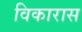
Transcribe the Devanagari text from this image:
विकारास